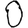
Digit: 0